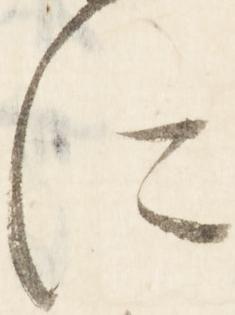
に